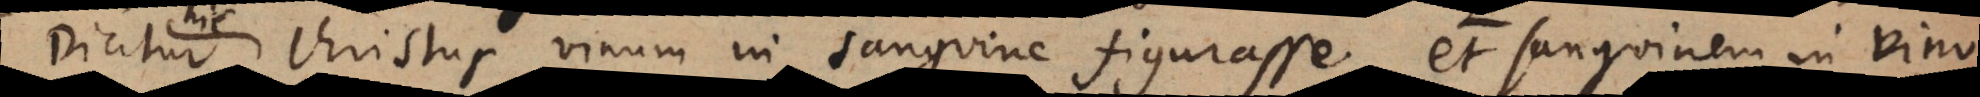
Christus vinum in sanguine figurasse, et sanguinem in vino